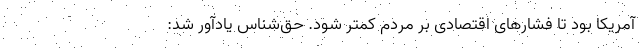
آمریکا بود تا فشارهای اقتصادی بر مردم کمتر شود. حق‌شناس یادآور شد: